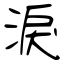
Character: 淚